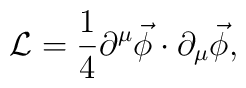
\mathcal{L}= \frac{1}{4}\partial^{\mu}\vec\phi\cdot\partial_{\mu}\vec\phi,